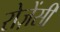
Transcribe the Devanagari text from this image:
रोज़ेंसी